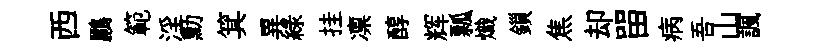
西鸝範淫勳箕異綠挂凛醇辉瓢熾鎻焦却㽞病吾山諷